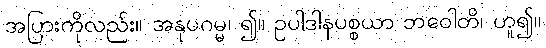
အပြားကိုလည်း။ အနုပဂမ္မ၊ ၍။ ဥပါဒါနပစ္စယာ ဘဝေါတိ၊ ဟူ၍။